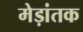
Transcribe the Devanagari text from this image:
मेड़ांतक